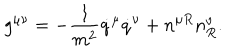
LaTeX: g ^ { \mu \nu } = - \frac { 1 } { m ^ { 2 } } \dot { q } ^ { \mu } \dot { q } ^ { \nu } + n ^ { \mu R } n _ { R } ^ { \nu } .